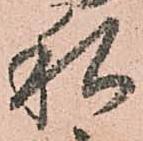
私